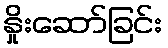
နှိုးဆော်ခြင်း